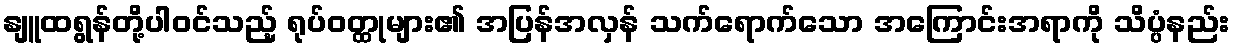
နျူထရွန်တို့ပါဝင်သည့် ရုပ်ဝတ္ထုများ၏ အပြန်အလှန် သက်ရောက်သော အကြောင်းအရာကို သိပ္ပံနည်း